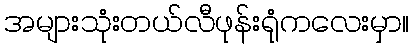
အများသုံးတယ်လီဖုန်းရုံကလေးမှာ။